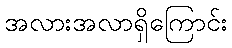
အလားအလာရှိကြောင်း